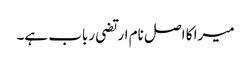
میرا کا اصل نام ارتضی رباب ہے۔